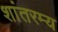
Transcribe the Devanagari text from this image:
शांतरम्य